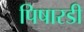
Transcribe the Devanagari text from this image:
पिषारडी